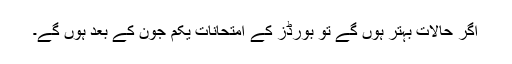
اگر حالات بہتر ہوں گے تو بورڈز کے امتحانات یکم جون کے بعد ہوں گے۔